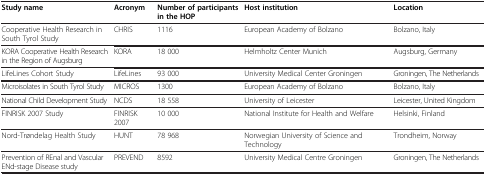
<table><thead><tr><td><b>Study name</b></td><td><b>Acronym</b></td><td><b>Number of participants in the HOP</b></td><td><b>Host institution</b></td><td><b>Location</b></td></tr></thead><tbody><tr><td>Cooperative Health Research in South Tyrol Study</td><td>CHRIS</td><td>1116</td><td>European Academy of Bolzano</td><td>Bolzano, Italy</td></tr><tr><td>KORA Cooperative Health Research in the Region of Augsburg</td><td>KORA</td><td>18 000</td><td>Helmholtz Center Munich</td><td>Augsburg, Germany</td></tr><tr><td>LifeLines Cohort Study</td><td>LifeLines</td><td>93 000</td><td>University Medical Center Groningen</td><td>Groningen, The Netherlands</td></tr><tr><td>Microisolates in South Tyrol Study</td><td>MICROS</td><td>1300</td><td>European Academy of Bolzano</td><td>Bolzano, Italy</td></tr><tr><td>National Child Development Study</td><td>NCDS</td><td>18 558</td><td>University of Leicester</td><td>Leicester, United Kingdom</td></tr><tr><td>FINRISK 2007 Study</td><td>FINRISK 2007</td><td>10 000</td><td>National Institute for Health and Welfare</td><td>Helsinki, Finland</td></tr><tr><td>Nord-Trøndelag Health Study</td><td>HUNT</td><td>78 968</td><td>Norwegian University of Science and Technology</td><td>Trondheim, Norway</td></tr><tr><td>Prevention of REnal and Vascular ENd-stage Disease study</td><td>PREVEND</td><td>8592</td><td>University Medical Centre Groningen</td><td>Groningen, The Netherlands</td></tr></tbody></table>